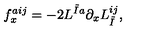
f _ { x } ^ { a i j } = - 2 L ^ { \tilde { I } a } \partial _ { x } L _ { \tilde { I } } ^ { i j } ,